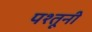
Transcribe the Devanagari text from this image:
पश्तूनी